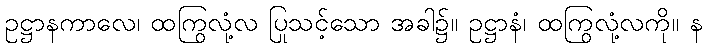
ဥဋ္ဌာနကာလေ၊ ထကြွလုံ့လ ပြုသင့်သော အခါ၌။ ဥဋ္ဌာနံ၊ ထကြွလုံ့လကို။ န